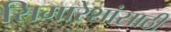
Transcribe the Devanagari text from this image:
सिमारेशांसाठी